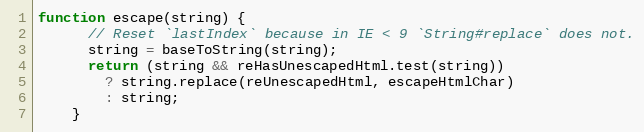
Language: JavaScript
function escape(string) {
      // Reset `lastIndex` because in IE < 9 `String#replace` does not.
      string = baseToString(string);
      return (string && reHasUnescapedHtml.test(string))
        ? string.replace(reUnescapedHtml, escapeHtmlChar)
        : string;
    }